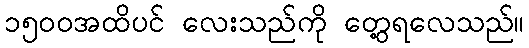
၁၅၀၀အထိပင် လေးသည်ကို တွေ့ရလေသည်။